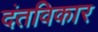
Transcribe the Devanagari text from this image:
दंतविकार